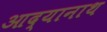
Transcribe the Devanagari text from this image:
आद्यानाथ